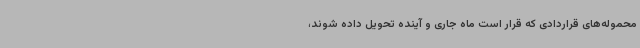
محموله‌های قراردادی که قرار است ماه جاری و آینده تحویل داده شوند،